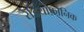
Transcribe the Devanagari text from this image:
रेडियोफ़ोनिक